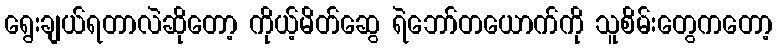
ရွေးချယ်ရတာလဲဆိုတော့ ကိုယ့်မိတ်ဆွေ ရဲဘော်တယောက်ကို သူစိမ်းတွေကတော့